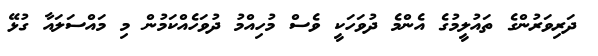
ދަރިވަރުންގެ ތައުލީމުގެ އެންމެ ދުވަހަކީ ވެސް މުހިއްމު ދުވަހެއްކަމުން މި މައްސަލައާ ގުޅޭ